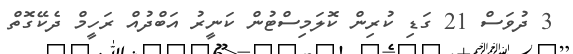
3 ދުވަސް 21 ގަޑި ކުރިން ކޮލަމިސްޓުން ކަނީރު އަބްދުއް ރަހީމް ދެކޭގޮތް